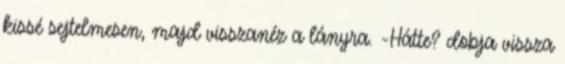
kissé sejtelmesen, majd visszanéz a lányra. -Hátte? dobja vissza